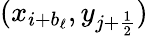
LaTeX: (x_{i+b_{\ell}},y_{j+\frac{1}{2}})